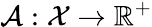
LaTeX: \mathcal{A}:\mathcal{X}\xrightarrow{}\mathbb{R}^{+}